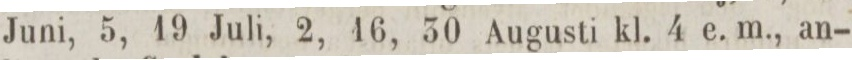
Juni, 5, 19 Juli, 2, 16, 30 Augusti kl. 4 e. m., an-